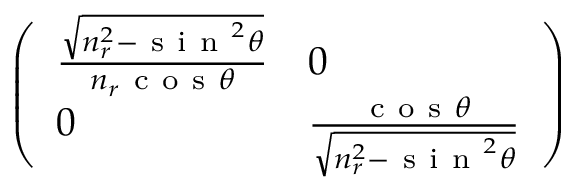
\left( \begin{array} { l l } { \frac { \sqrt { n _ { r } ^ { 2 } - \mathrm { ~ s ~ i ~ n ~ } ^ { 2 } \theta } } { n _ { r } \mathrm { ~ c ~ o ~ s ~ } \theta } } & { 0 } \\ { 0 } & { \frac { \mathrm { ~ c ~ o ~ s ~ } \theta } { \sqrt { n _ { r } ^ { 2 } - \mathrm { ~ s ~ i ~ n ~ } ^ { 2 } \theta } } } \end{array} \right)